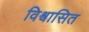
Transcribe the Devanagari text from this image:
विश्वासित